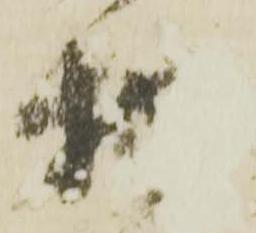
物